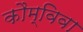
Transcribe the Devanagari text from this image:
कौम्विवा